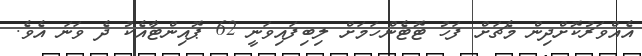
އެއްވަރުކޮށްދިން މެޗަށް ފަހު ޓޮޓެންހަމަށް ލިބިފައިވަނީ 62 ޕޮއިންޓާއެކު ދެ ވަނަ އެވެ.